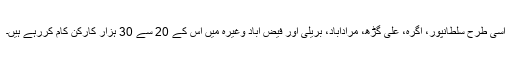
اسی طرح سلطانپور، آگرہ، علی گڑھ، مرادآباد، بریلی اور فیض آباد وغیرہ میں اس کے 20 سے 30 ہزار کارکن کام کررہے ہیں۔